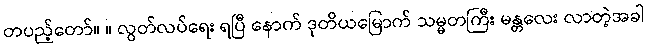
တပည့်တော်။ ။ လွတ်လပ်ရေး ရပြီ နောက် ဒုတိယမြောက် သမ္မတကြီး မန္တလေး လာတဲ့အခါ